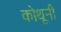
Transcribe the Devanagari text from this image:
कोथूनी